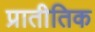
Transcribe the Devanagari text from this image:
प्रातीतिक